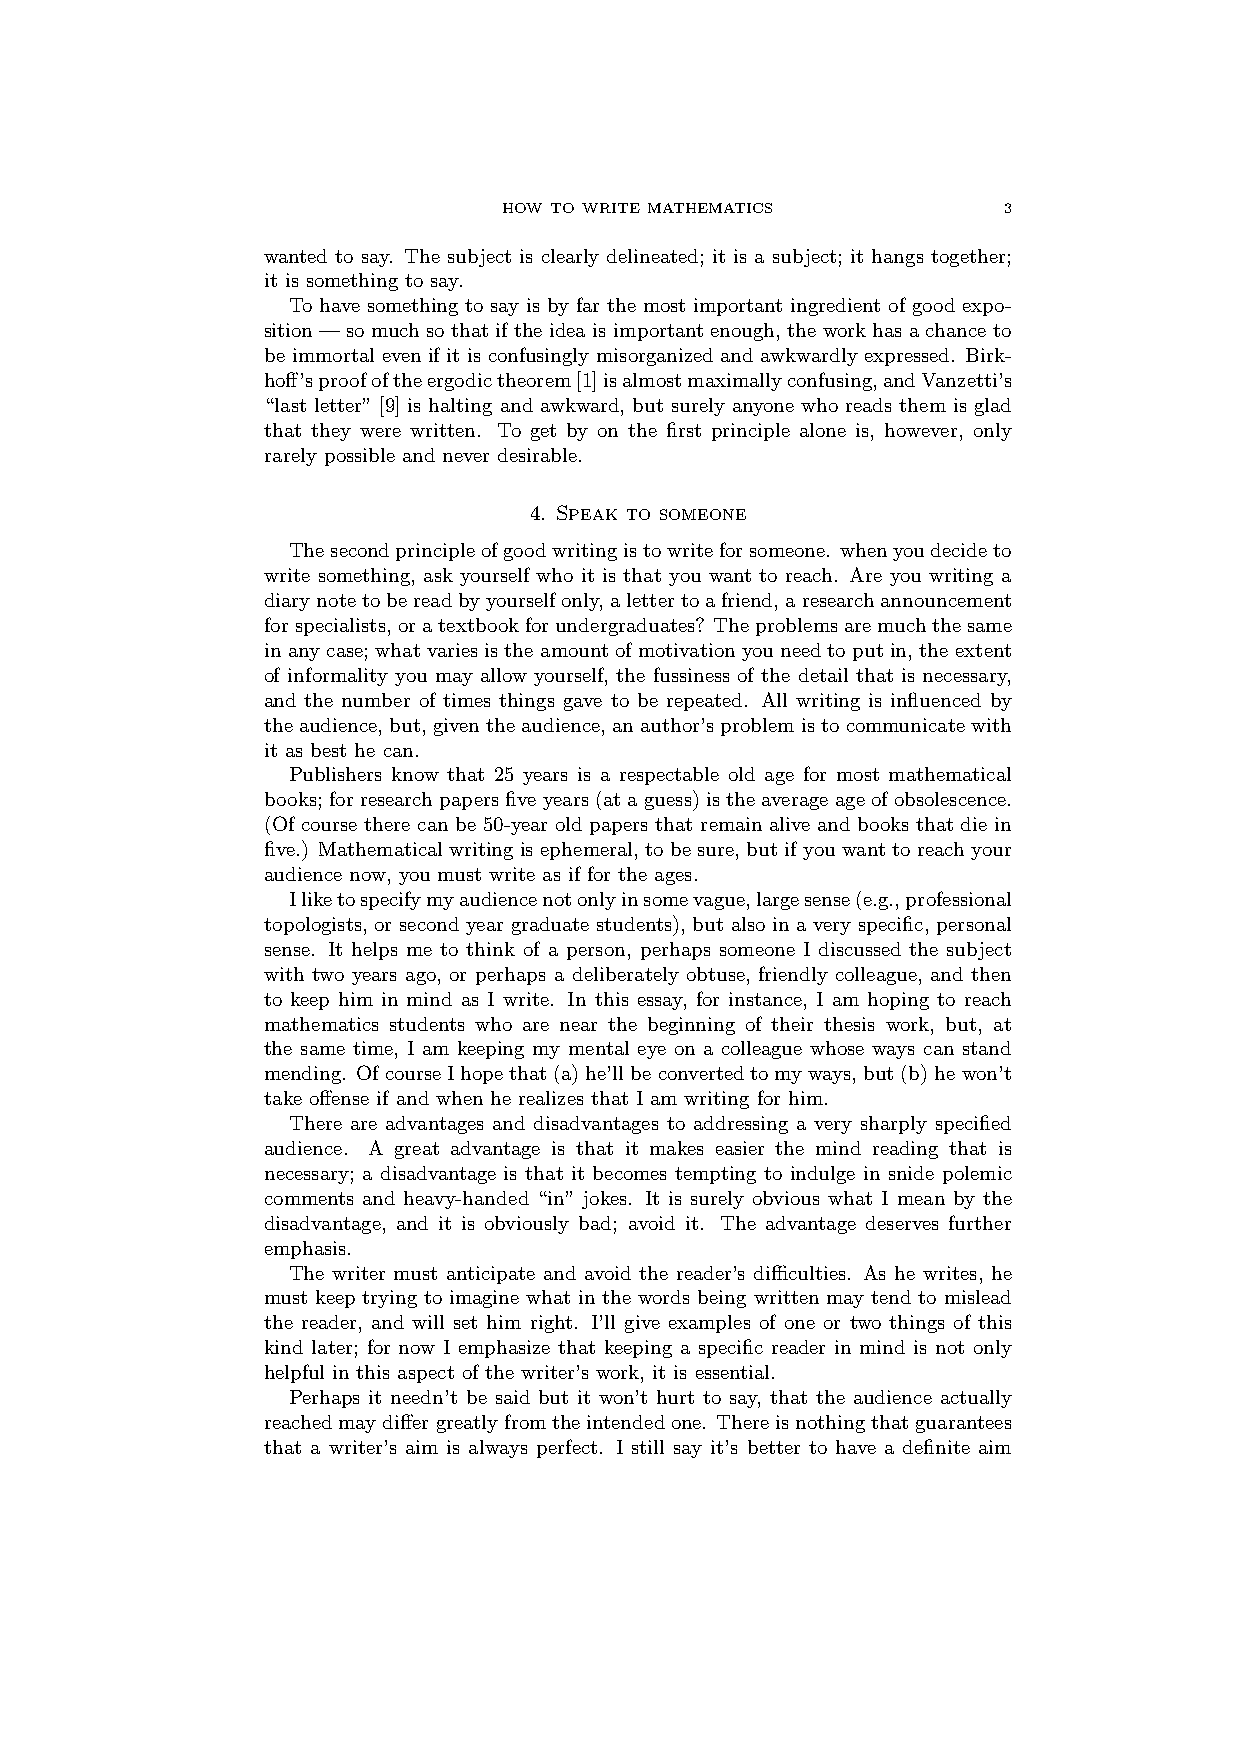
HOW TO WRITE MATHEMATICS         3
 wanted to say. The subject is clearly delineated; it is a subject; it hangs together;
 it is something to say.
 To have something to say is by far the most important ingredient of good expo-
 sition — so much so that if the idea is important enough, the work has a chance to
 be immortal even if it is confusingly misorganized and awkwardly expressed. Birk-
 hoff’sproofoftheergodictheorem[1]isalmostmaximallyconfusing,andVanzetti’s
 “last letter” [9] is halting and awkward, but surely anyone who reads them is glad
 that they were written. To get by on the first principle alone is, however, only
 rarely possible and never desirable.
 4. Speak to someone
 Thesecondprincipleofgoodwritingistowriteforsomeone. whenyoudecideto
 write something, ask yourself who it is that you want to reach. Are you writing a
 diarynotetobereadbyyourselfonly,alettertoafriend,aresearchannouncement
 forspecialists,oratextbookforundergraduates? Theproblemsaremuchthesame
 in any case; what varies is the amount of motivation you need to put in, the extent
 of informality you may allow yourself, the fussiness of the detail that is necessary,
 and the number of times things gave to be repeated. All writing is influenced by
 theaudience, but, giventheaudience, anauthor’sproblemistocommunicatewith
 it as best he can.
 Publishers know that 25 years is a respectable old age for most mathematical
 books; forresearchpapersfiveyears(ataguess)istheaverageageofobsolescence.
 (Of course there can be 50-year old papers that remain alive and books that die in
 five.) Mathematical writing is ephemeral, to be sure, but if you want to reach your
 audience now, you must write as if for the ages.
 Iliketospecifymyaudiencenotonlyinsomevague,largesense(e.g.,professional
 topologists, or second year graduate students), but also in a very specific, personal
 sense. It helps me to think of a person, perhaps someone I discussed the subject
 with two years ago, or perhaps a deliberately obtuse, friendly colleague, and then
 to keep him in mind as I write. In this essay, for instance, I am hoping to reach
 mathematics students who are near the beginning of their thesis work, but, at
 the same time, I am keeping my mental eye on a colleague whose ways can stand
 mending. OfcourseIhopethat(a)he’llbeconvertedtomyways,but(b)hewon’t
 take offense if and when he realizes that I am writing for him.
 There are advantages and disadvantages to addressing a very sharply specified
 audience. A great advantage is that it makes easier the mind reading that is
 necessary; a disadvantage is that it becomes tempting to indulge in snide polemic
 comments and heavy-handed “in” jokes. It is surely obvious what I mean by the
 disadvantage, and it is obviously bad; avoid it. The advantage deserves further
 emphasis.
 The writer must anticipate and avoid the reader’s difficulties. As he writes, he
 must keep trying to imagine what in the words being written may tend to mislead
 the reader, and will set him right. I’ll give examples of one or two things of this
 kind later; for now I emphasize that keeping a specific reader in mind is not only
 helpful in this aspect of the writer’s work, it is essential.
 Perhaps it needn’t be said but it won’t hurt to say, that the audience actually
 reachedmaydiffergreatlyfromtheintendedone. Thereisnothingthatguarantees
 that a writer’s aim is always perfect. I still say it’s better to have a definite aim